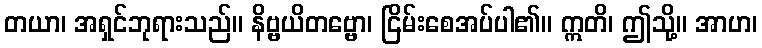
တယာ၊ အရှင်ဘုရားသည်။ နိဗ္ဗယိတဗ္ဗော၊ ငြိမ်းစေအပ်ပါ၏။ ဣတိ၊ ဤသို့။ အာဟ၊